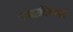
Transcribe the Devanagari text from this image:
व्यालेल्या